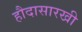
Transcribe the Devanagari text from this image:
हौदासारखी